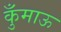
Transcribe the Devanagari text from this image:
कुँमाऊ